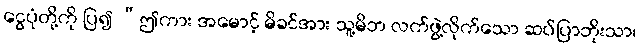
ငွေပုံတို့ကို ပြ၍ “ဤကား အမောင့် မိခင်အား သူ့မိဘ လက်ဖွဲ့လိုက်သော ဆပ်ပြာဘိုးသာ၊